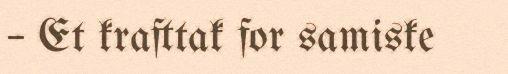
– Et krafttak for samiske